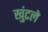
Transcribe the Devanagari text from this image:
खुंटले